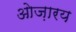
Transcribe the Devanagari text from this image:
ओज़ारय